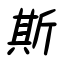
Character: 斯